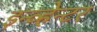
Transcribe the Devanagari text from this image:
इन्व्हेन्टर